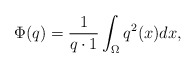
\begin{align*} \Phi(q) = \frac 1 {q \cdot 1} \int_{\Omega} q^2(x)dx,\end{align*}